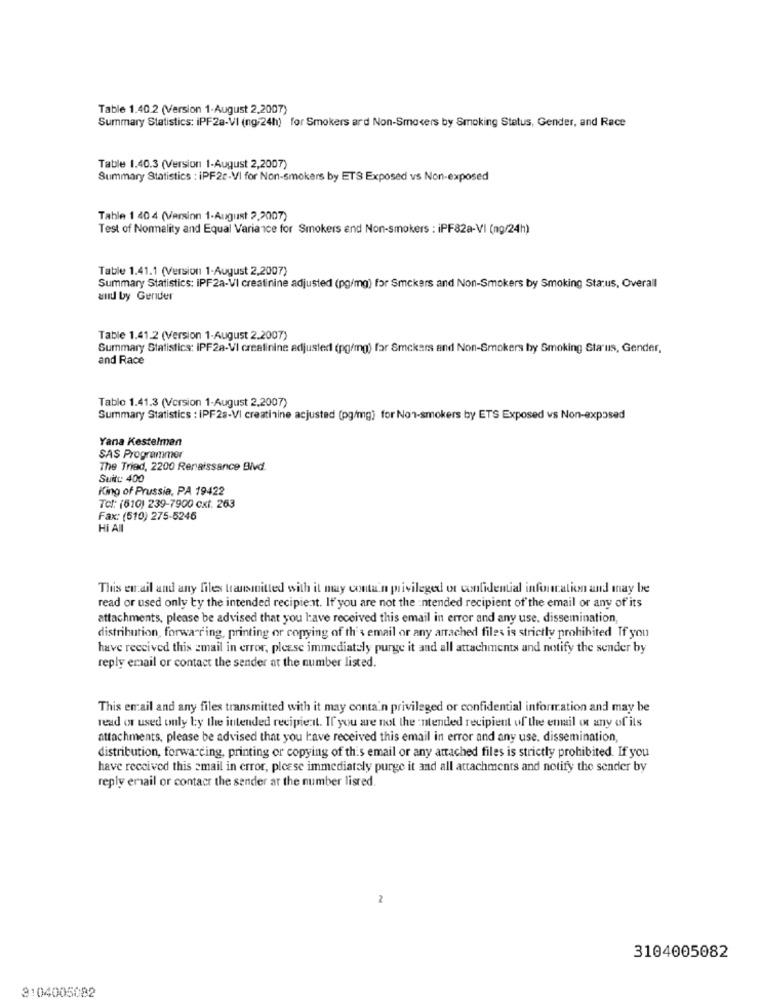
Table 1.40.2 (Version 1.August 2,2007)
Summary Statistics: iPF28-VI (ng/24h) for Smokers ard Non-Smokers by Smoking Status, Gender, and Race
Table 1.40.3 (Version 1-August 2,2007)
Summary Statistics : iPF22-VI for Non-smokers by ETS Exposed vs Non-exposed
Table 1 40 4 (Version 1-August 2,2007)
Test of Normality and Equal Variance for Smokers and Non-smokers : iPF82a-VI (ng/24h)
Table 1.41.1 (Version 1-August 2,2007)
Summary Statistics: iPF2a-VI creatinine adjusted (pg/mg) for Smckers and Non-Smokers by Smoking Status, Overall
and by Gender
Table 1.41.2 (Version 1-August 2.2007)
Summary Statistics: IPF2a-VI creatinine adjusted (pg/mg) far Smokers and Non-Smokers by Smoking Sta us, Gender,
and Race
Tablo 1.41.3 (Version 1-August 2,2007)
Summary Statistics : IPF28-VI creatinine acjusted (pg/mg) for Non-smokers by ETS Exposed vs Non-exposed
Yana Kestelman
SAS Programmer
The Tried, 2200 Renaissance Blvd.
Suite: 400
King of Prussia, PA 19422
Tel: (610) 239-7900 cxt. 263
Fax: (510) 275-5246
HI AI
This email and any files transmitted with it may contain privileged or confidential infoncation and may be
read or used only by the intended recipient. It' you are not the intended recipient of the email or any of its
attachments, please be advised that you have received this email in error and any use, dissemination,
distribution, forwarding, printing or copying of th's email or any arrached files is strictly prohibited If you
have received this email in error, please immediately purge it and all attachments and notify the sender by
reply email or contact the sender at the number listed.
This email and any files transmitted with it may contain privileged or confidential information and may be
read or used only by the intended recipient. If you are not the intended recipient of the email ont any of its
attachments, please be advised that you have received this email in error and any use, dissemination,
distribution, forwarding, printing or copying of this email or any attached files is strictly prohibited. If you
have received this email in error, please immediately purge it and all attachments and notify the sender by
reply email or contact the sender ar the number lisred.
2
3104005082
3104005082